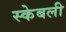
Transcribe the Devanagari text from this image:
स्केबली